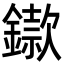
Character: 䥗